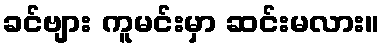
ခင်ဗျား ကူမင်းမှာ ဆင်းမလား။